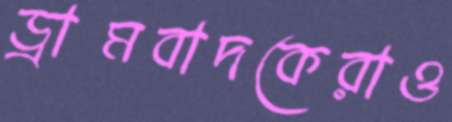
ড্রামবাদকেরাও